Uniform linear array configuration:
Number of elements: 24
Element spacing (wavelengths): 1
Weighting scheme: hann
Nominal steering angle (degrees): -15
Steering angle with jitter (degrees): -15.789
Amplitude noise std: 0.05
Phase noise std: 0.05

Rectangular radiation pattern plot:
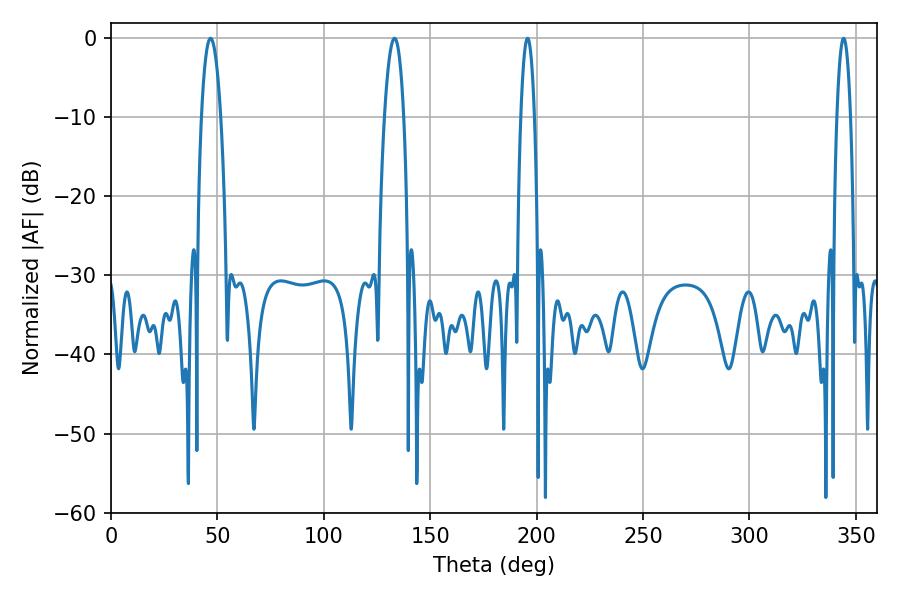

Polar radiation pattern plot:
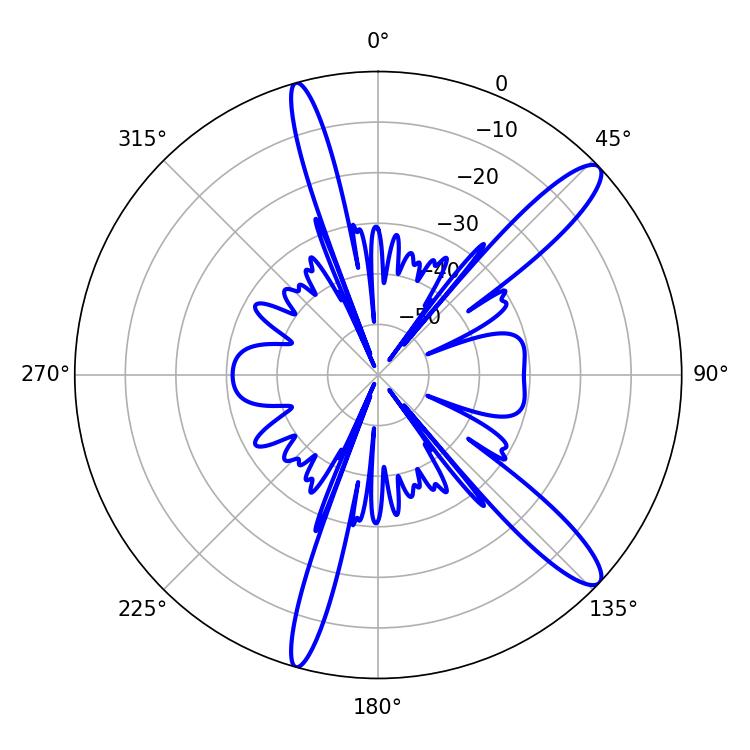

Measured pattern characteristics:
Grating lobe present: TRUE
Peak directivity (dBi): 12.929
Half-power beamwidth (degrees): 5.04
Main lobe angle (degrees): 133.2